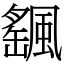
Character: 颻